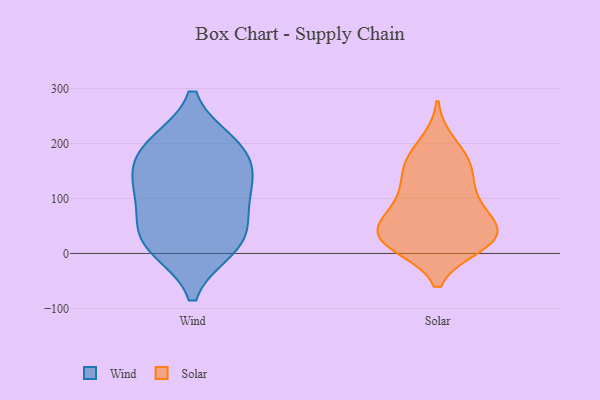
{"axis": {"x": "Satisfaction Score", "y": "Value"}, "legend": ["Solar", "Wind"], "data": [{"x": "", "y": 10, "type": "Wind"}, {"x": "", "y": 126, "type": "Wind"}, {"x": "", "y": 24, "type": "Wind"}, {"x": "", "y": 86, "type": "Wind"}, {"x": "", "y": 199, "type": "Wind"}, {"x": "", "y": 54, "type": "Wind"}, {"x": "", "y": 15, "type": "Wind"}, {"x": "", "y": 197, "type": "Wind"}, {"x": "", "y": 121, "type": "Wind"}, {"x": "", "y": 147, "type": "Wind"}, {"x": "", "y": 186, "type": "Wind"}, {"x": "", "y": 163, "type": "Solar"}, {"x": "", "y": 94, "type": "Solar"}, {"x": "", "y": 17, "type": "Solar"}, {"x": "", "y": 200, "type": "Solar"}, {"x": "", "y": 165, "type": "Solar"}, {"x": "", "y": 87, "type": "Solar"}, {"x": "", "y": 121, "type": "Solar"}, {"x": "", "y": 151, "type": "Solar"}, {"x": "", "y": 28, "type": "Solar"}, {"x": "", "y": 29, "type": "Solar"}, {"x": "", "y": 35, "type": "Solar"}, {"x": "", "y": 40, "type": "Solar"}, {"x": "", "y": 37, "type": "Solar"}, {"x": "", "y": 16, "type": "Solar"}, {"x": "", "y": 68, "type": "Solar"}]}